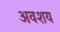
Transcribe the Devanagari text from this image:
अवशय